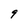
Character: 9